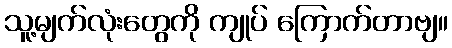
သူ့မျက်လုံးတွေကို ကျုပ် ကြောက်တာဗျ။